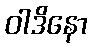
ဝါဒိနော